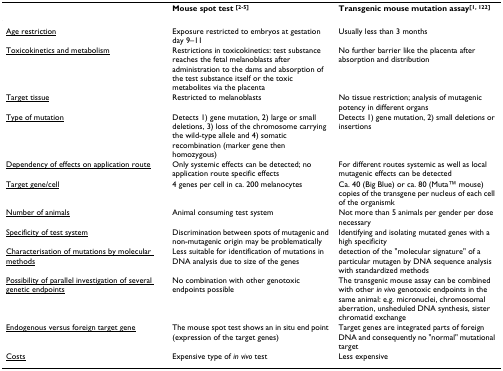
|  | Mouse spot test [2-5] | Transgenic mouse mutation assay[1, 122] |
 | --- | --- | --- |
 | <underline>Age restriction</underline> | Exposure restricted to embryos at gestation day 9–11 | Usually less than 3 months |
 | <underline>Toxicokinetics and metabolism</underline> | Restrictions in toxicokinetics: test substance reaches the fetal melanoblasts after administration to the dams and absorption of the test substance itself or the toxic metabolites via the placenta | No further barrier like the placenta after absorption and distribution |
 | <underline>Target tissue</underline> | Restricted to melanoblasts | No tissue restriction; analysis of mutagenic potency in different organs |
 | <underline>Type of mutation</underline> | Detects 1) gene mutation, 2) large or small deletions, 3) loss of the chromosome carrying the wild-type allele and 4) somatic recombination (marker gene then homozygous) | Detects 1) gene mutation, 2) small deletions or insertions |
 | <underline>Dependency of effects on application route</underline> | Only systemic effects can be detected; no application route specific effects | For different routes systemic as well as local mutagenic effects can be detected |
 | <underline>Target gene/cell</underline> | 4 genes per cell in ca. 200 melanocytes | Ca. 40 (Big Blue) or ca. 80 (MutaTM mouse) copies of the transgene per nucleus of each cell of the organismk |
 | <underline>Number of animals</underline> | Animal consuming test system | Not more than 5 animals per gender per dose necessary |
 | <underline>Specificity of test system</underline> | Discrimination between spots of mutagenic and non-mutagenic origin may be problematically | Identifying and isolating mutated genes with a high specificity |
 | <underline>Characterisation of mutations by molecular methods</underline> | Less suitable for identification of mutations in DNA analysis due to size of the genes | detection of the "molecular signature" of a particular mutagen by DNA sequence analysis with standardized methods |
 | <underline>Possibility of parallel investigation of several genetic endpoints</underline> | No combination with other genotoxic endpoints possible | The transgenic mouse assay can be combined with other in vivo genotoxic endpoints in the same animal: e.g. micronuclei, chromosomal aberration, unsheduled DNA synthesis, sister chromatid exchange |
 | <underline>Endogenous versus foreign target gene</underline> | The mouse spot test shows an in situ end point (expression of the target genes) | Target genes are integrated parts of foreign DNA and consequently no "normal" mutational target |
 | <underline>Costs</underline> | Expensive type of in vivo test | Less expensive |